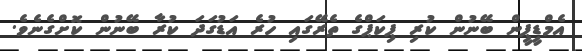
އެމްޑީޕީން ބޭނުން ކުރި ޕިކަޕްގެ ތެރޭގައި ހުރެ އަޑުގަދަ ކުރާ ބޭނުން ކޮށްގެނެވެ.